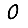
Digit: 0